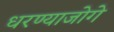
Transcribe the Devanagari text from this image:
धरण्याजोगे